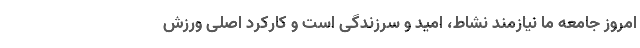
امروز جامعه ما نیازمند نشاط، امید و سرزندگی است و کارکرد اصلی ورزش